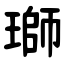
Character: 瑡